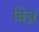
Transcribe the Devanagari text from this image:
बिन्न